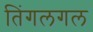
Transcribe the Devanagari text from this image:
तिंगलगल